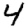
Digit: 4